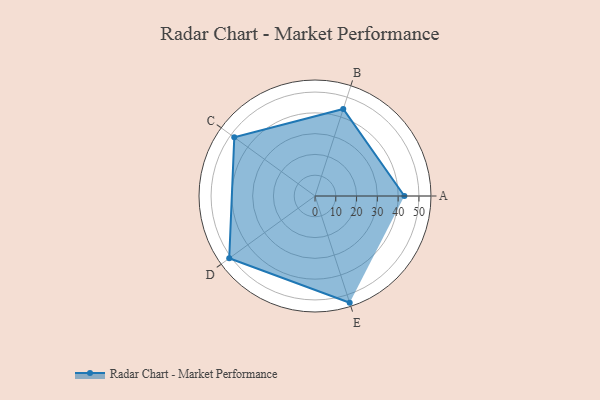
{"axis": {"x": "Skill", "y": "Score"}, "legend": ["Profile"], "data": [{"x": "A", "y": 43.0, "type": "Profile"}, {"x": "B", "y": 44.0, "type": "Profile"}, {"x": "C", "y": 48.0, "type": "Profile"}, {"x": "D", "y": 51.0, "type": "Profile"}, {"x": "E", "y": 54.0, "type": "Profile"}]}